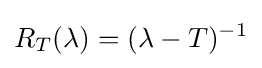
R_{T}(\lambda )=(\lambda -T)^{-1}